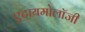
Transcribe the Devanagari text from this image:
एटायमोलॉजी